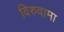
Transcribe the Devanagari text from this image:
विरुवामा